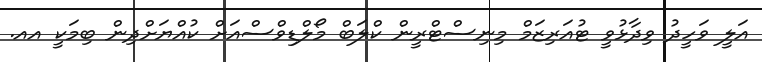
އަލީ ވަހީދު ވިދާޅުވީ ޓުއަރިޒަމް މިނިސްޓްރީން ކްލަބް މޯލްޑިވްސްއަށް ކުއްޔަށްދިން ބިމަކީ އއ.